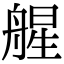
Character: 𦩠